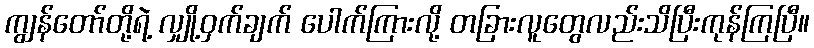
ကျွန်တော်တို့ရဲ့ လျှို့ဝှက်ချက် ပေါက်ကြားလို့ တခြားလူတွေလည်းသိပြီးကုန်ကြပြီ။